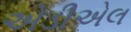
એડીએલ